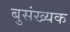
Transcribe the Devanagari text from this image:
बुसंख्यक